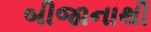
બીજાનાથી